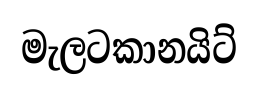
මැලටකානයිට්